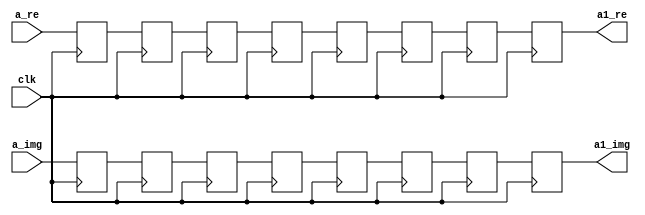
`timescale 1ns / 1ps
//////////////////////////////////////////////////////////////////////////////////
// Company: 
// Engineer: 
// 
// Design Name: 
// Module Name:    buf_8 
// Project Name: 
// Target Devices: 
// Tool versions: 
// Description: 
//
// Dependencies: 
//
// Revision: 
// Revision 0.01 - File Created
// Additional Comments:
//
//////////////////////////////////////////////////////////////////////////////////
module buf_8(
    input [31:0] a_re,
    input [31:0] a_img,
    input clk,
    output reg [31:0] a1_re,
    output reg [31:0] a1_img
    );
reg [31:0] n0 [0:6];
reg [31:0] n1 [0:6];
always @(posedge clk) begin
n0[0]<=a_re;
n0[1]<=n0[0];
n0[2]<=n0[1];
n0[3]<=n0[2];
n0[4]<=n0[3];
n0[5]<=n0[4];
n0[6]<=n0[5];
a1_re<=n0[6];

n1[0]<=a_img;
n1[1]<=n1[0];
n1[2]<=n1[1];
n1[3]<=n1[2];
n1[4]<=n1[3];
n1[5]<=n1[4];
n1[6]<=n1[5];
a1_img<=n1[6];
end

endmodule